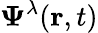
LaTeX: \boldsymbol{\Psi}^{\lambda}(\mathbf{r},t)